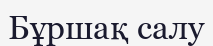
Бұршақ салу